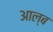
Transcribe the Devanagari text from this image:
आल्ब